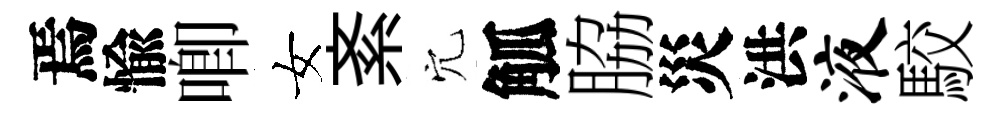
焉愉唧女紊穴觚脇災洪液駮